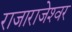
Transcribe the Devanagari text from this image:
राजाराजेश्‍वर